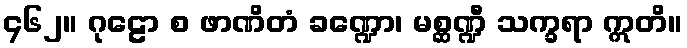
၄၆၂။ ဂုဠော စ ဖာဏိတံ ခဏ္ဍော၊ မစ္ဆဏ္ဍီ သက္ခရာ ဣတိ။